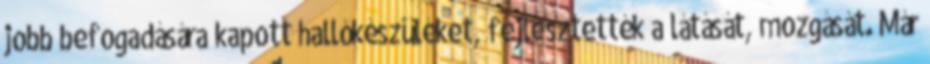
jobb befogadására kapott hallókészüléket, fejlesztették a látását, mozgását. Már